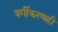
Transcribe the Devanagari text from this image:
वर्गीकरणही